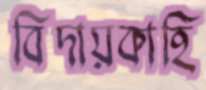
বিদায়কাহি